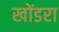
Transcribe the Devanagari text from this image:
खोंडरा